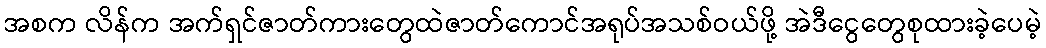
အစက လိန်က အက်ရှင်ဇာတ်ကားတွေထဲဇာတ်ကောင်အရုပ်အသစ်ဝယ်ဖို့ အဲဒီငွေတွေစုထားခဲ့ပေမဲ့